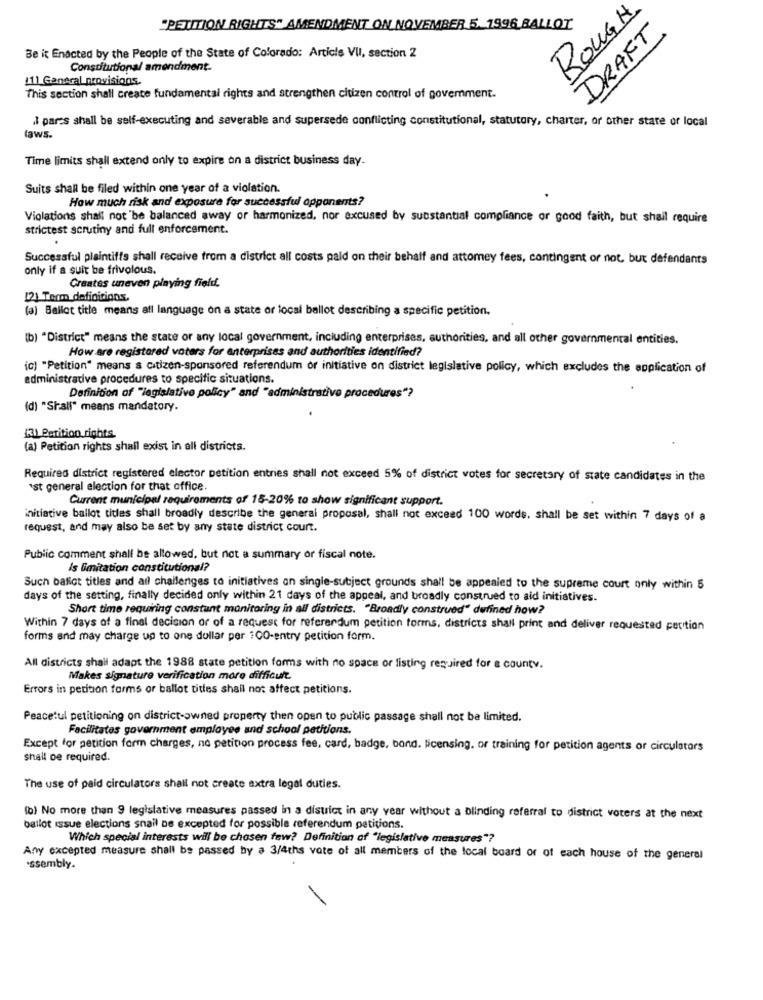
ROUGH
"PETITION RIGHTS" AMENDMENT ON NOVEMBER 5. 1996 BALLOT
DRAFT
Be it Enacted by the People of the State of Colorado: Article VU, section 2
Constitutional amendment-
111 Ganecal provisions.
This section shall create fundamental rights and strengthen citizen control of govemment.
I parcs shall be self-executing and severable and supersede conflicting constitutional, statutory, charter, or other stare or local
laws.
Time limits shall extend only to expire on a district business day-
Suits shall be filed within one year of a violation.
How much risk and exposure for successful opponents?
Violations shall not 'be balanced away or harmonized, nor excused by substantial compliance or good faith, but shall require
strictest scrutiny and full enforcement.
Successful plaintiffs shall receive from a district all costs paid on their behalf and attomey fees, contingent or not, but defendants
only if a suit be frivolous.
Creates uneven playing field.
[2) Term definitions,
(a) Ballot title means all language on a state or local ballot describing a specific petition.
(b) "District" means the state or any local government, including enterprises, authorities, and all other governmental entities.
How are registered voters for enterprises and authorities identified?
(c) "Petition" means a citizen-sponsored referendum or initiative on district legislative policy, which excludes the application of
administrative procedures to specific situations.
Definition of "legislative policy" and "administrative procedures"?
(d) "Shall" means mandatory.
(3) Petition rights.
(a) Petition rights shall exist in all districts.
Required district registered elector petition entries shall not exceed 5% of district votes for secretary of state candidates in the
Ist general election for that office.
Current municipal requirements of 15-20% to show significant support.
initiative ballot titles shall broadly describe the general proposal, shall not exceed 100 words, shall be set within 7 days of a
request, and may also be set by any state district court.
Public comment shall be allowed, but not a summary or fiscal note.
Is limitation constitutional?
Such bafict titles and all challenges to initiatives on single-subject grounds shall be appealed to the supreme court only within 5
days of the setting, finally decided only within 21 days of the appeal, and broadly construed to aid initiatives.
Short time requiring constunt monitoring in all districts. "Broadly construed" defined how?
Within 7 days of a final decision or of a request for referendum petition forms, districts shall print and deliver requested petition
forms and may charge up to one dollar per 100-entry petition form.
All districts shail adapt the 1988 state petition forms with no space or listing required for a county.
Makes signature verification more difficult.
Errors in petition forms or ballot titles shall not affect petitions.
Peacetul petitioning on district-owned property then open to public passage shall not be limited.
Facilitates government employee and school petitions.
Except for petition form charges, no petition process fee, card, badge, bond. Pcensing. or training for petition agents or circulators
shall oe required.
The use of paid circulators shall not create extra legal duties.
(b) No more than 9 legislative measures passed in a district in any year without a blinding referral to district voters at the next
ballot issue elections snail De excepted for possible referendum petitions.
Which special interests will be chosen few? Definition of "legislative measures"?
Any excepted measure shall be passed by a 3/4ths vote of all members of the local board or of each house of the general
assembly.